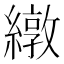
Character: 𫄃